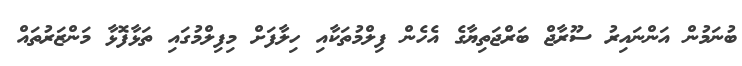
ބުނަމުން އަންނައިރު ސޫރާޖް ބަރްޖަތިޔާގެ އެހެން ފިލްމުތަކާއި ހިލާފަށް މިފިލްމުގައި ތަޅާފޮޅާ މަންޒަރުތައް